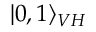
| 0 , 1 \rangle _ { V H }